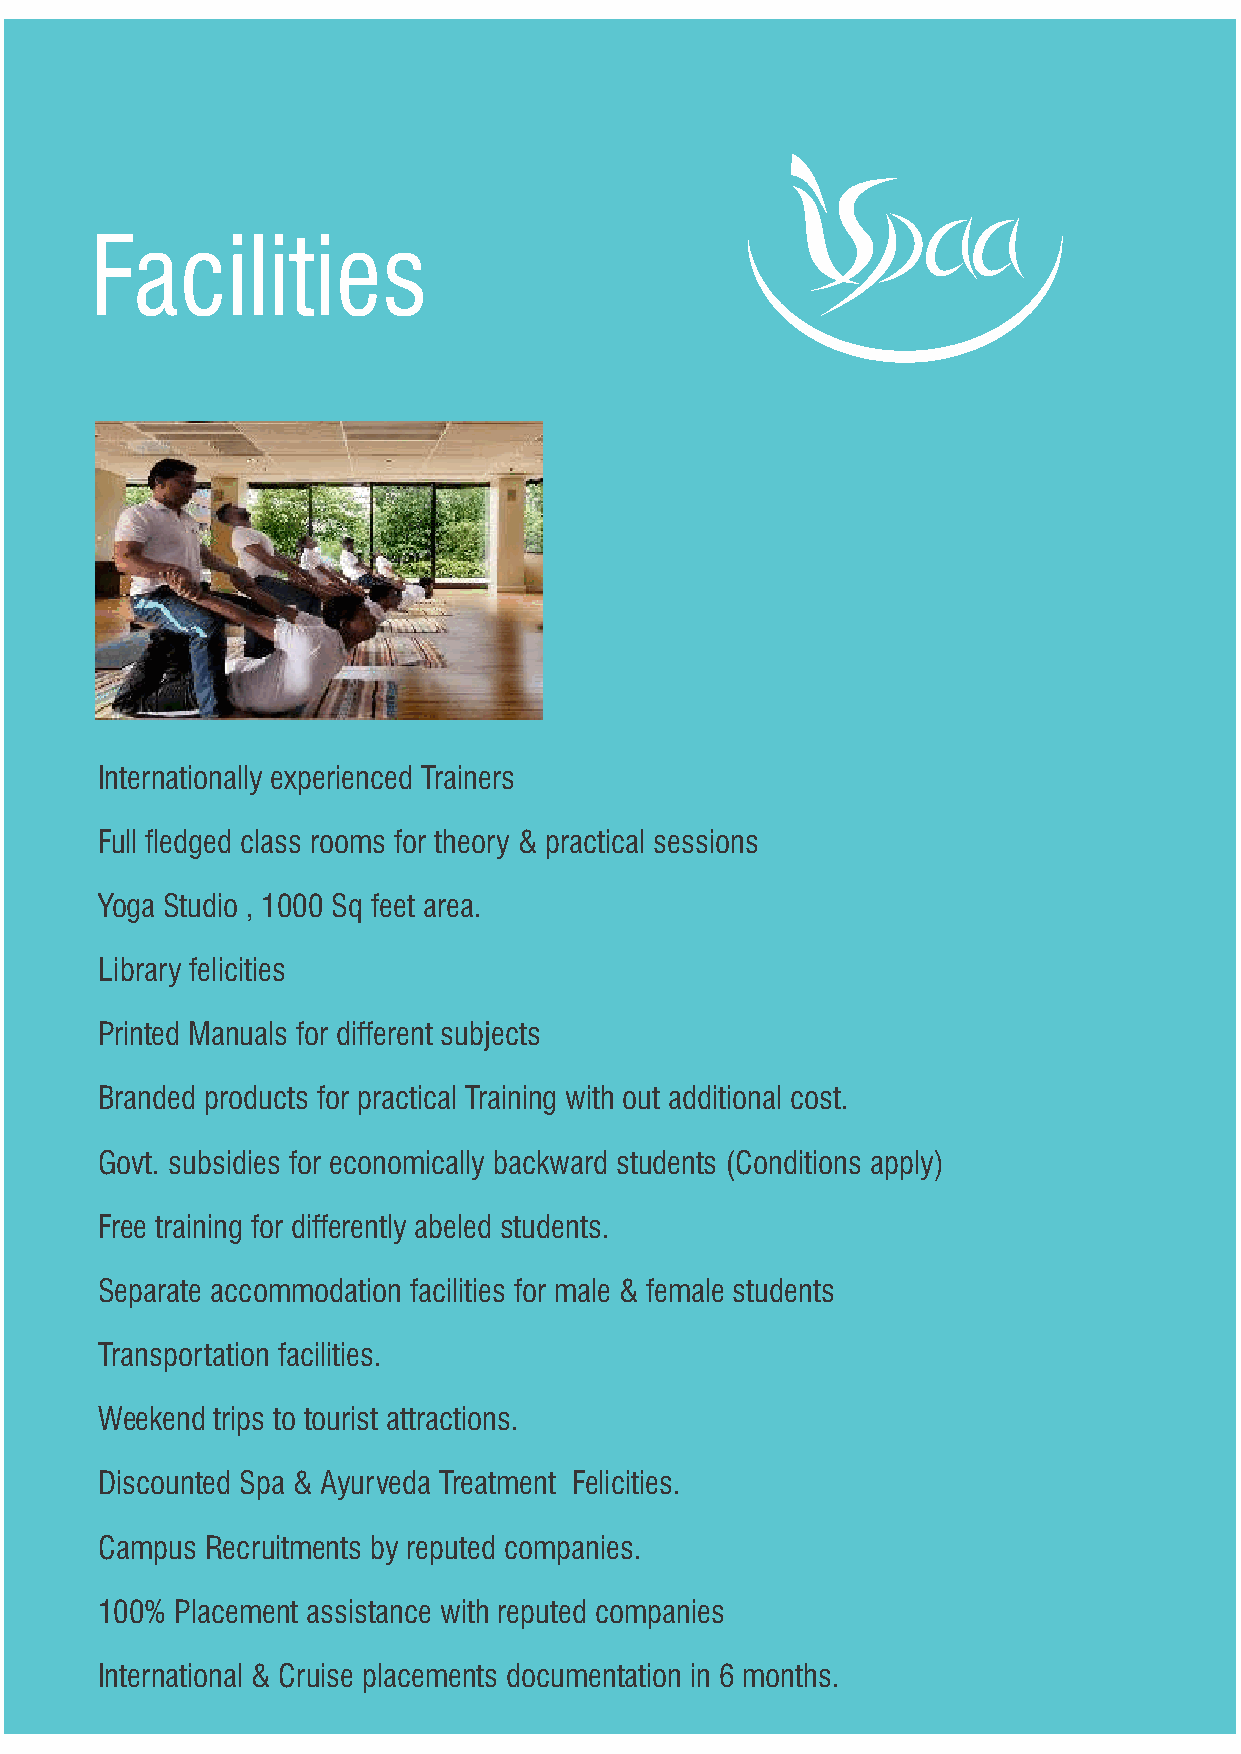
Facilities
 Internationally experienced Trainers
 Full fledged class rooms for theory & practical sessions
 Yoga Studio , 1000 Sq feet area.
 Library felicities
 Printed Manuals for different subjects
 Branded products for practical Training with out additional cost.
 Govt. subsidies for economically backward students (Conditions apply)
 Free training for differently abeled students.
 Separate accommodation facilities for male & female students
 Transportation facilities.
 Weekend trips to tourist attractions.
 Discounted Spa & Ayurveda Treatment Felicities.
 Campus Recruitments by reputed companies.
 100% Placement assistance with reputed companies
 International & Cruise placements documentation in 6 months.